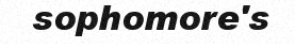
sophomore's